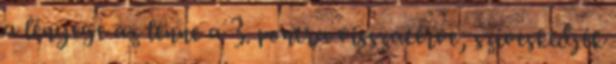
a lényege az lenne a 3. pontra visszatérve, szíveskedjék